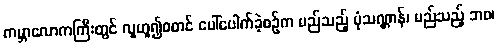
ကမ္ဘာလောကကြီးတွင် လူဟူ၍စတင် ပေါ်ပေါက်ခဲ့စဉ်က မည်သည့် ပုံသဏ္ဌာန်၊ မည်သည့် ဘဝ၊